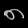
Digit: ၈